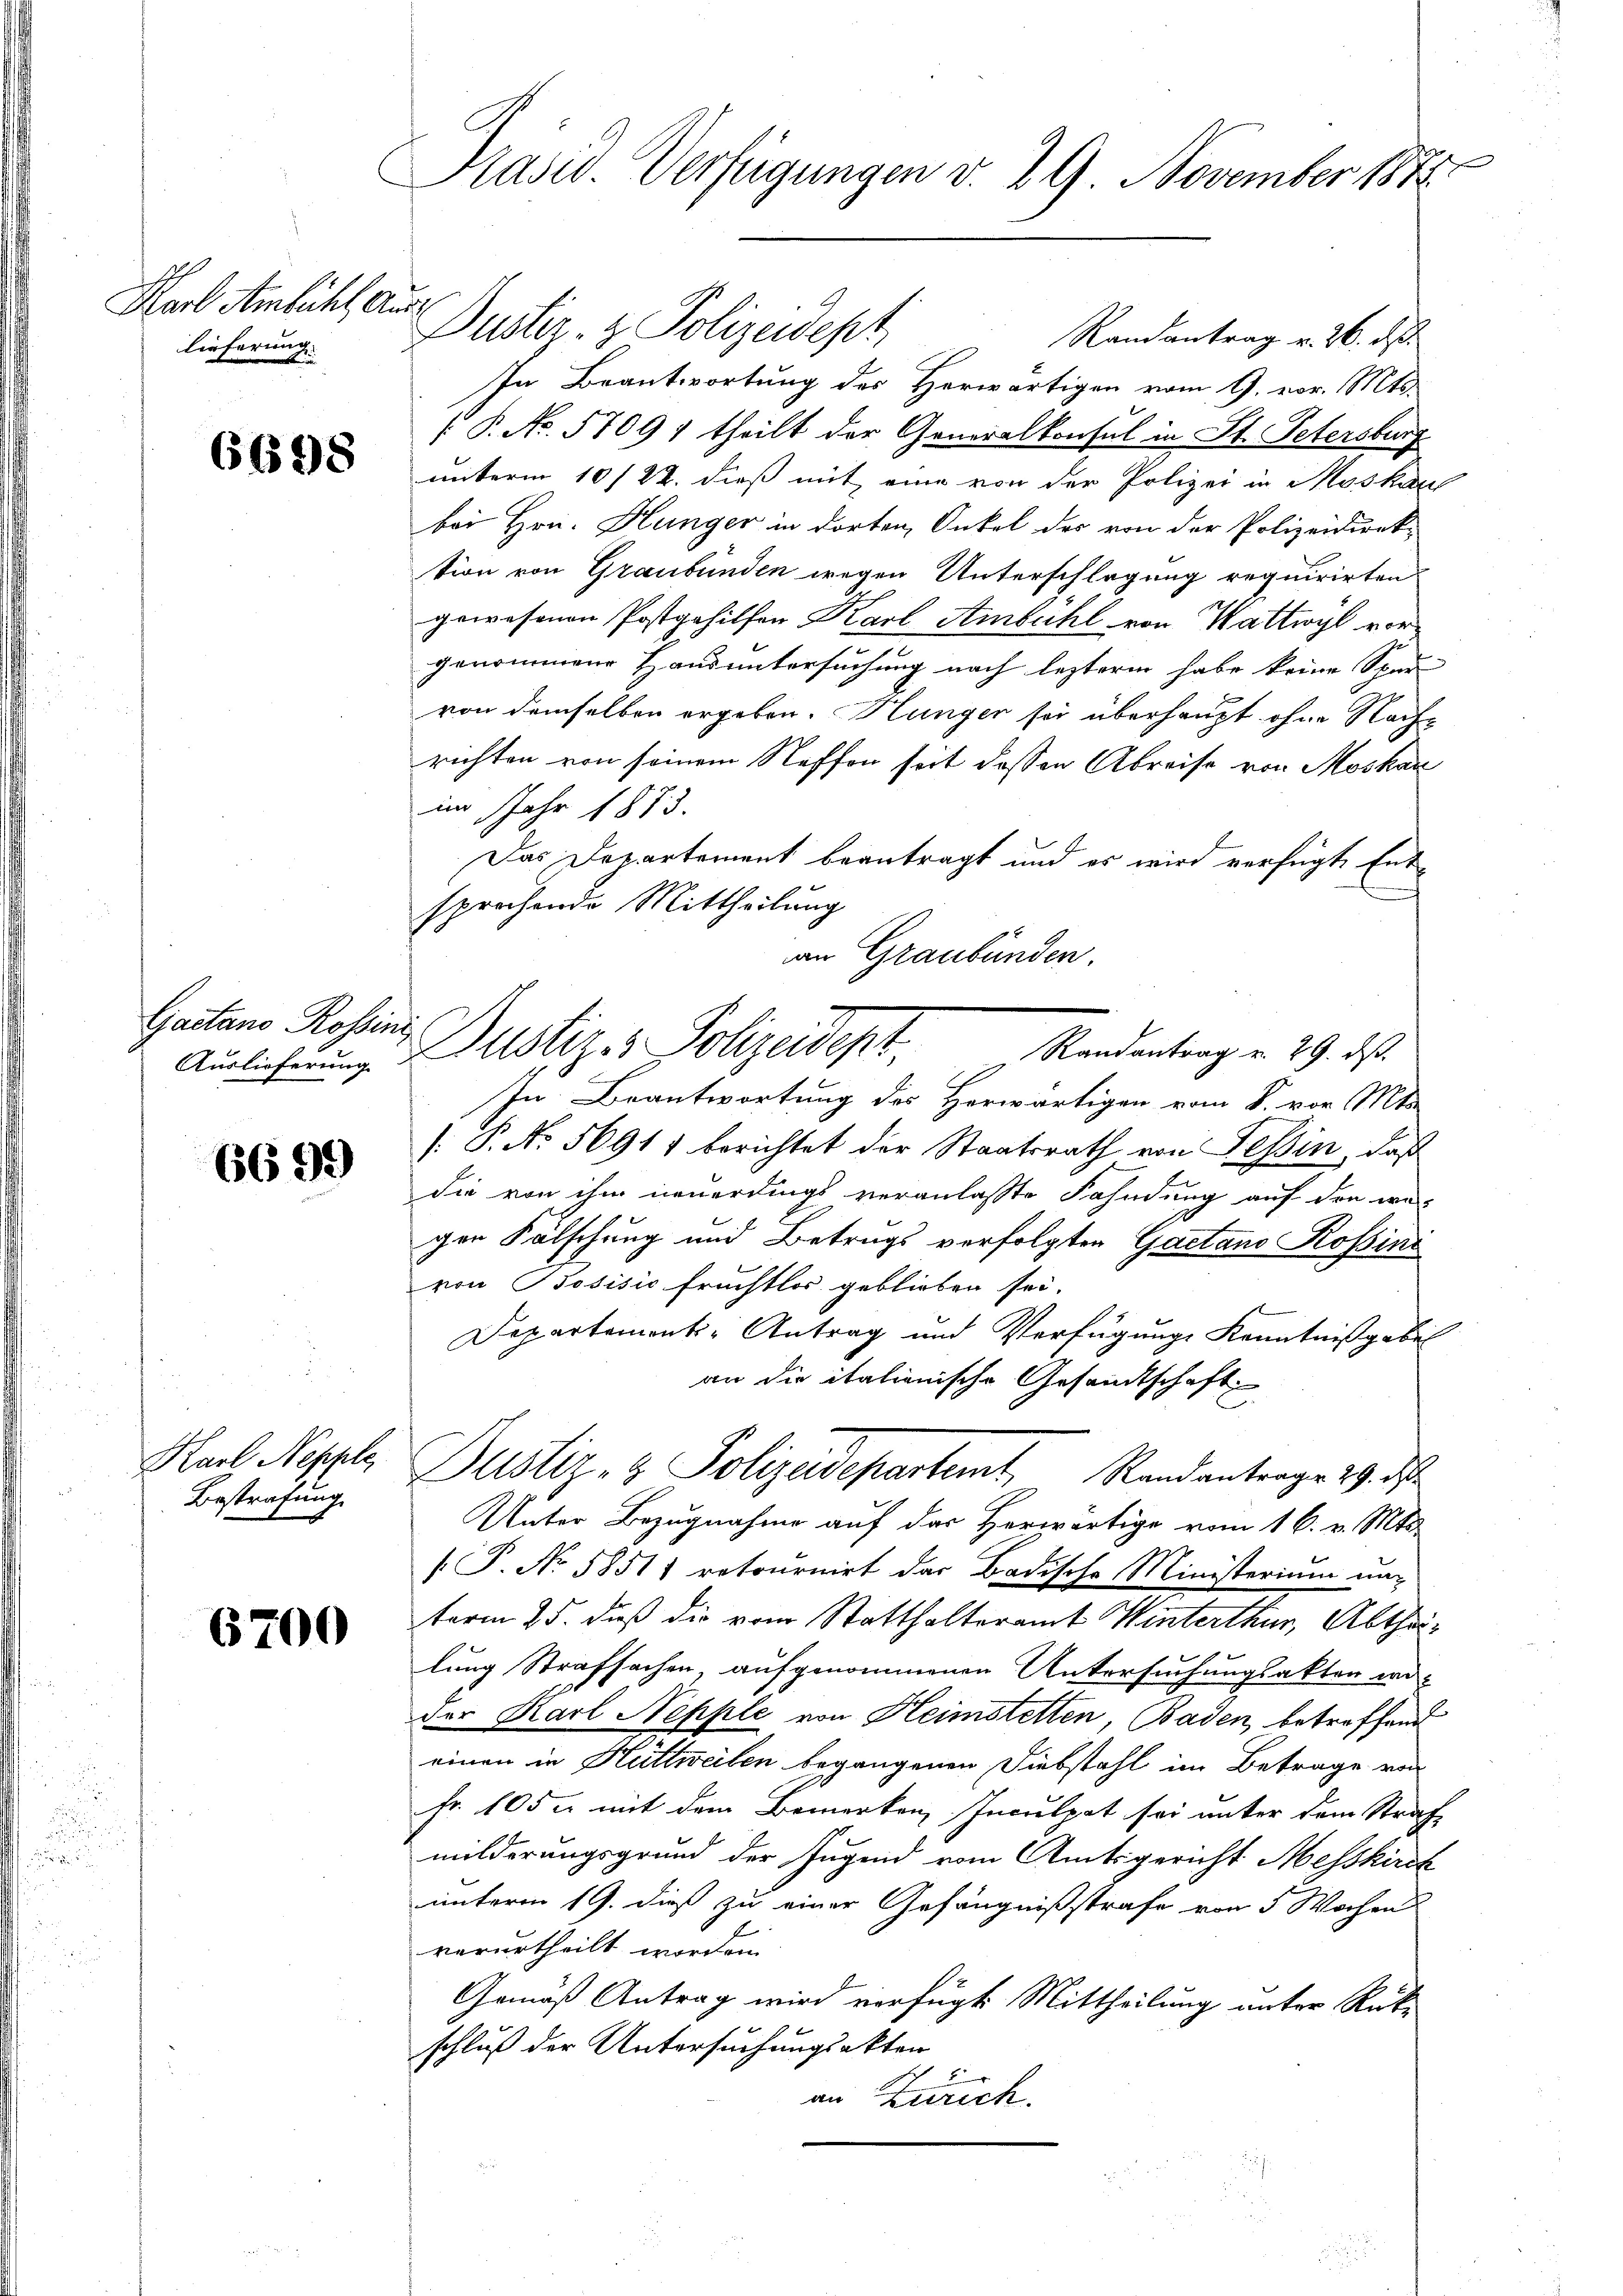
Karl Ambühl auss
lieferung

6698

Gaetans Rossin
Auslieferung

6699

Karl Nepple
Bestrafung

6700

Präsid. Verfügungen v. 29. November 1875.

Dustiz- & Polizeidept
Randantrag v. 26. ds.
In Beantwortung des Herwärtigen vom 9. vor. Mts.
 P. No. 5709; theilt der Generalkonsul in St. Petersburg
unterm 10/22. dieß mit eine von der Polizei in Moskauf
bei Hrn. Hunger in dorten Onkel des von der Polizeidirek-
tion von Graubünden wegen Unterschlagung requirirten
gewesenen Postgehilfer Karl Ambühl von Wattwyl vorgenommene Hausuntersuchung nach lezterm habe keine Spar-
von demselben ergeben. Hunger sei überhaupt ohne Nachrichten von seinem Neffen seit dessen Abreise von Moskau
im Jahr 1873.
Das Departement beantragt und es wird verfügte Entsprochende Mittheilung
an Graubünden.
Ch
In Beantwortung des Herwärtigen vom 8. vor. Mts.
[: P. No. 56911 berichtet der Staatsrath von Tessin, daß
die von ihm neuerdings veranlasste Fahndung auf den wa
gen Fälschung und Betrugs verfolgten Gaetano Rossini
von Bosisić Fruchtlos geblieben sei.
Departemont-Antrag und Verfügung Kenntniß geben
an die italienische Gesandtschaft
Justiz- & Polizeidepartamt Randantrage 19. ds
Unter Bezugnahme auf der Herwärtige vom 16. v. Mts.
[.P. No 5851) retournirt das Badische Ministerium naterm 25. daß die vom Statthalteramt Winterthur, Abtheilung Strafsachen, aufgenommenen Untersuchungsakten wo-
der Karl Nepple von Heimstetten, Baden, betreffend
einen in Hüttweilen begangenen Diebstahl im Betrage von
Fr. 105 u. mit dem Bemerken, Inculpat sei unter dem Straf
milderungsgrund der Jugend vom Amtsgericht Messkirch
unterm 19. dieß zu einer Gefängnißstrafe von 5 Wochen
verurtheilt worden.
Gemäß Antrag wird verfügt: Mittheilung unter Rücke
schluß der Untersuchungsakten
in Zürich.

Justizes Polizeidept Mandantrag v. 29. ds.